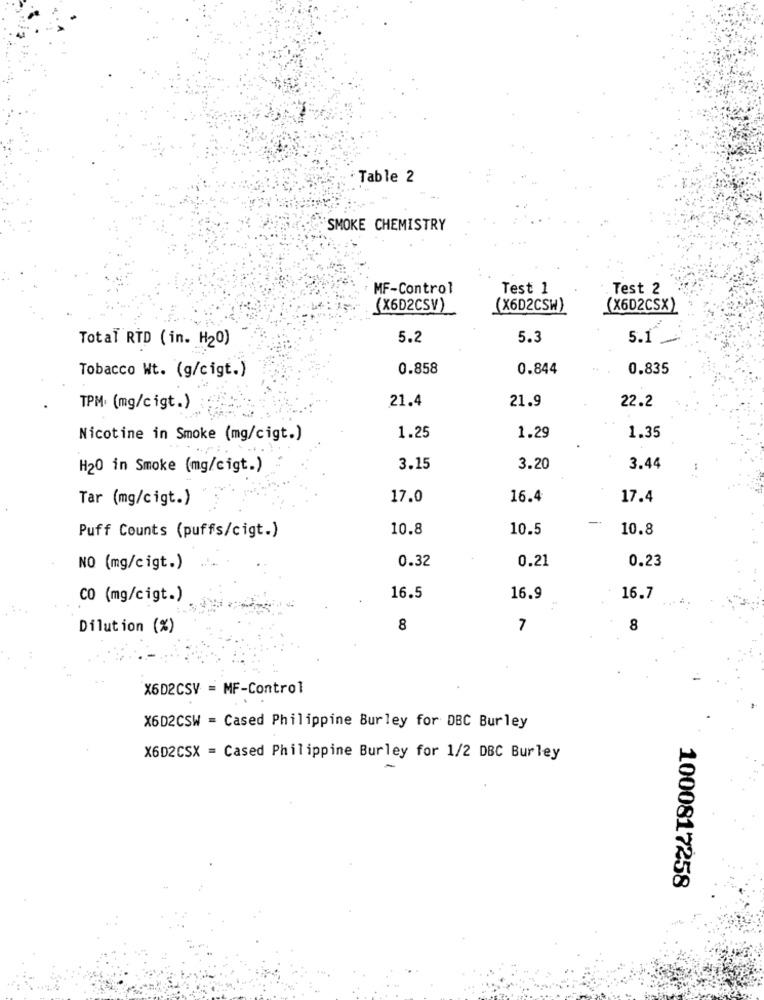
Table 2
"SMOKE CHEMISTRY
MF-Control
Test 1
Test 2
(X6D2CSV)
(X6D2CSW)
(X602CSX)
Total RTD (in. H20)
5.2
5.3
5.1
Tobacco Wt. (g/cigt.)
0.858
0.844
0.835
21.4
21.9
TPM (mg/cigt.)
22.2
1.25
Nicotine in Smoke (mg/cigt.)
1.29
1.35
H20 in Smoke (mg/cigt.)
3.15
3.20
3.44
Tar (mg/cigt.)
17.0
16.4
17.4
10.8
10.5
10.8
Puff Counts (puffs/cigt.)
0.32
0.21
0.23
NO (mg/cigt.)
CO (mg/cigt.)
16.5
16.9
16.7
Dilution (%)
8
7
8
X6D2CSV = MF-Control
X6D2CSW = Cased Philippine Burley for DBC Burley
X6D2CSX = Cased Philippine Burley for 1/2 DBC Burley
1000817258